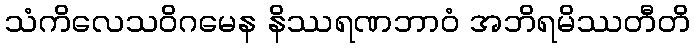
သံကိလေသဝိဂမေန နိဿရဏဘာဝံ အဘိရမိဿတီတိ